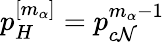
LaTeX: p_{H}^{[m_{\alpha}]}=p_{c\mathcal{N}}^{m_{\alpha}-1}